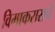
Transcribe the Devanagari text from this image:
विमाकराराचे